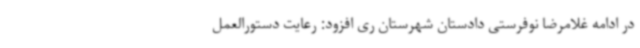
در ادامه غلامرضا نوفرستی دادستان شهرستان ری افزود: رعایت دستورالعمل